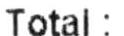
TOTAL :